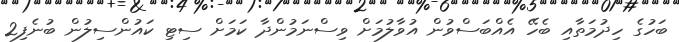
ބަހުގެ ހިދުމަތާއި ބެހޭ އެއްބަސްވުން އުވާލުމަށް ވިސްނަމުންދާ ކަމަށް ސިޓި ކައުންސިލުން ބުނެފި2